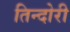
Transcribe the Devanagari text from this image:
तिन्दोरी